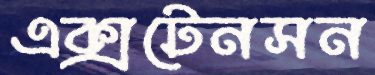
এক্সটেনসন